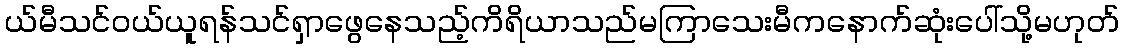
ယ်မီသင်ဝယ်ယူရန်သင်ရှာဖွေနေသည့်ကိရိယာသည်မကြာသေးမီကနောက်ဆုံးပေါ်သို့မဟုတ်